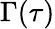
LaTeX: \Gamma(\tau)